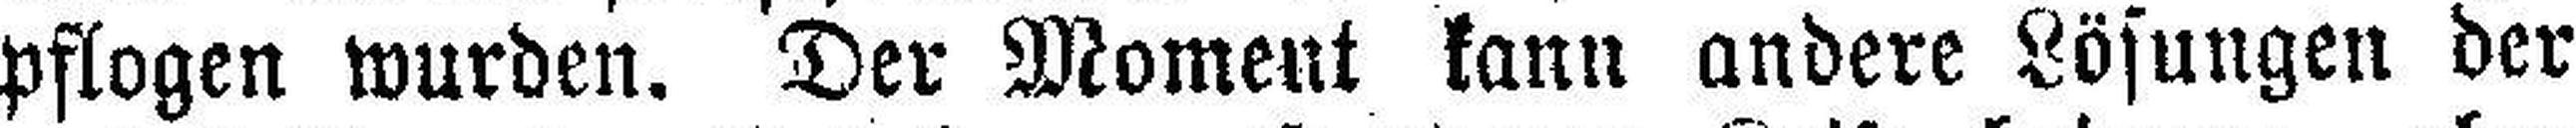
pflogen wurden. Der Moment kann andere Lösungen der